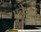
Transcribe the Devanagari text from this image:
पनेज़ाई